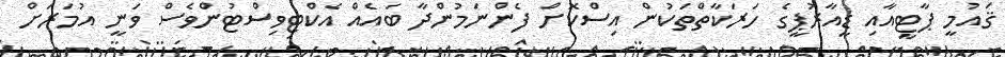
ޤައުމީ ޕާޓީއާއި ޑީއާރުޕީގެ ހަރަކާތްތަކުން އިސްކޮށް ފެންނަމުންދާ ބައެއް އެކްޓިވިސްޓުންވެސް ވަނީ އުމަރަށް